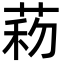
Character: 菞